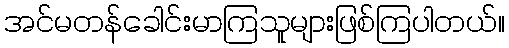
အင်မတန်ခေါင်းမာကြသူများဖြစ်ကြပါတယ်။